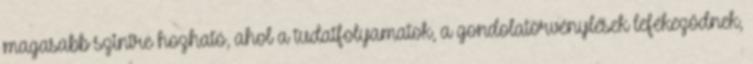
magasabb szintre hozható, ahol a tudatfolyamatok, a gondolatörvénylések lefékeződnek,